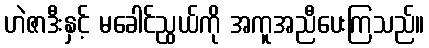
ဟဲဇာဒီးနှင့် မခေါင်ညွယ်ကို အကူအညီပေးကြသည်။